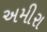
અમીરા